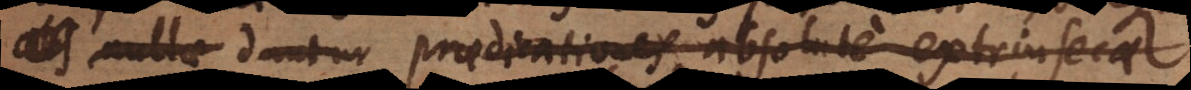
nullae dantur praedicationes absolute extrinsecae